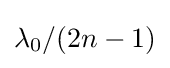
\lambda _{0}/(2n-1)